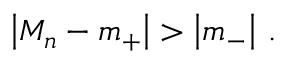
\left| M _ { n } - m _ { + } \right| > \left| m _ { - } \right| \, .